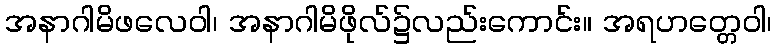
အနာဂါမိဖလေဝါ၊ အနာဂါမိဖိုလ်၌လည်းကောင်း။ အရဟတ္တေဝါ၊